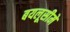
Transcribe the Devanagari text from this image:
बयलूसीमे